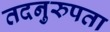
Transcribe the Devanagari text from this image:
तदनुरुपता